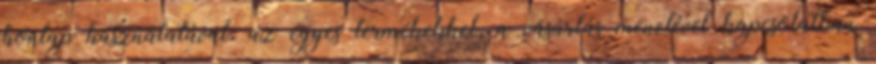
honlap használatával, az egyes termékekkel, a vásárlás menetével kapcsolatban